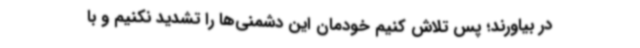
در بیاورند؛ پس تلاش کنیم خودمان این دشمنی‌ها را تشدید نکنیم و با